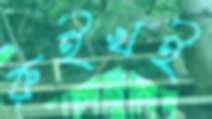
রুইখই